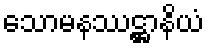
သောမနဿဋ္ဌာနိယံ